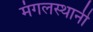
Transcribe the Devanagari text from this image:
मंगलस्थानी